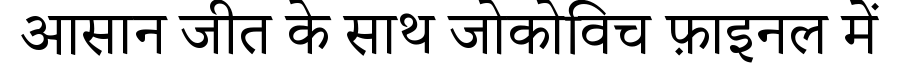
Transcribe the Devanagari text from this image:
आसान जीत के साथ जोकोविच फ़ाइनल में